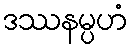
ဒဿနမ္ပဟံ